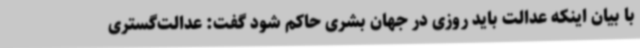
با بیان اینکه عدالت باید روزی در جهان بشری حاکم شود گفت: عدالت‌گستری